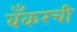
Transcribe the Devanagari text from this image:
बँकरची